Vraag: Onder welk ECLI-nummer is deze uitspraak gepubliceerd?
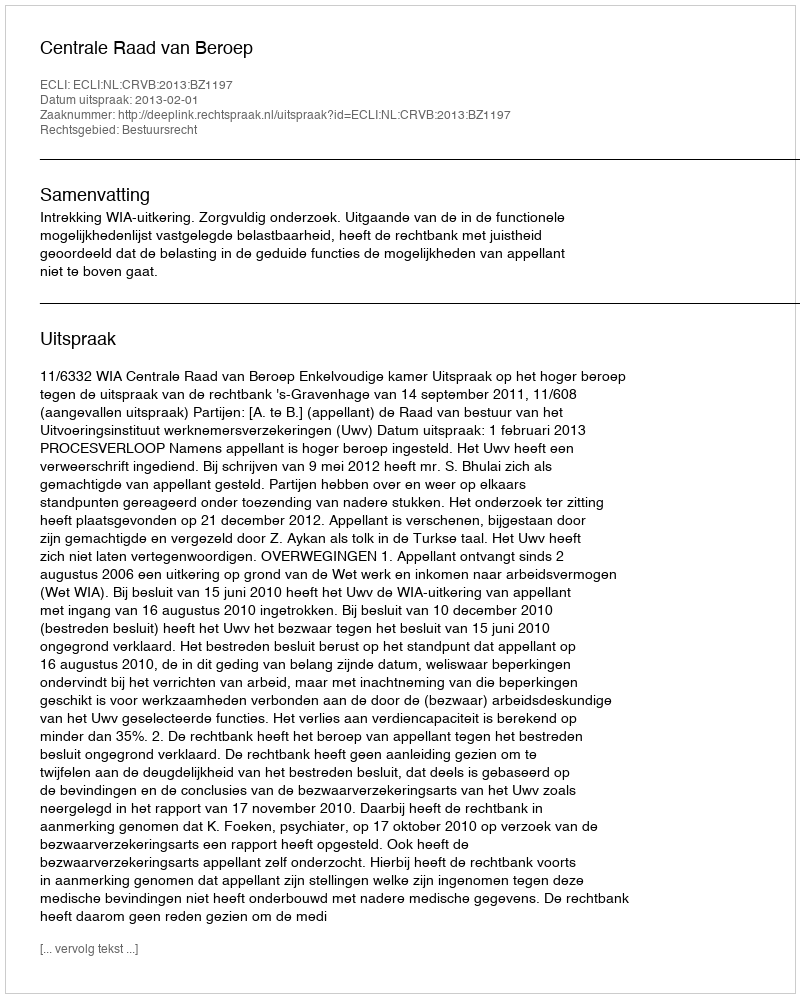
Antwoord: ECLI:NL:CRVB:2013:BZ1197